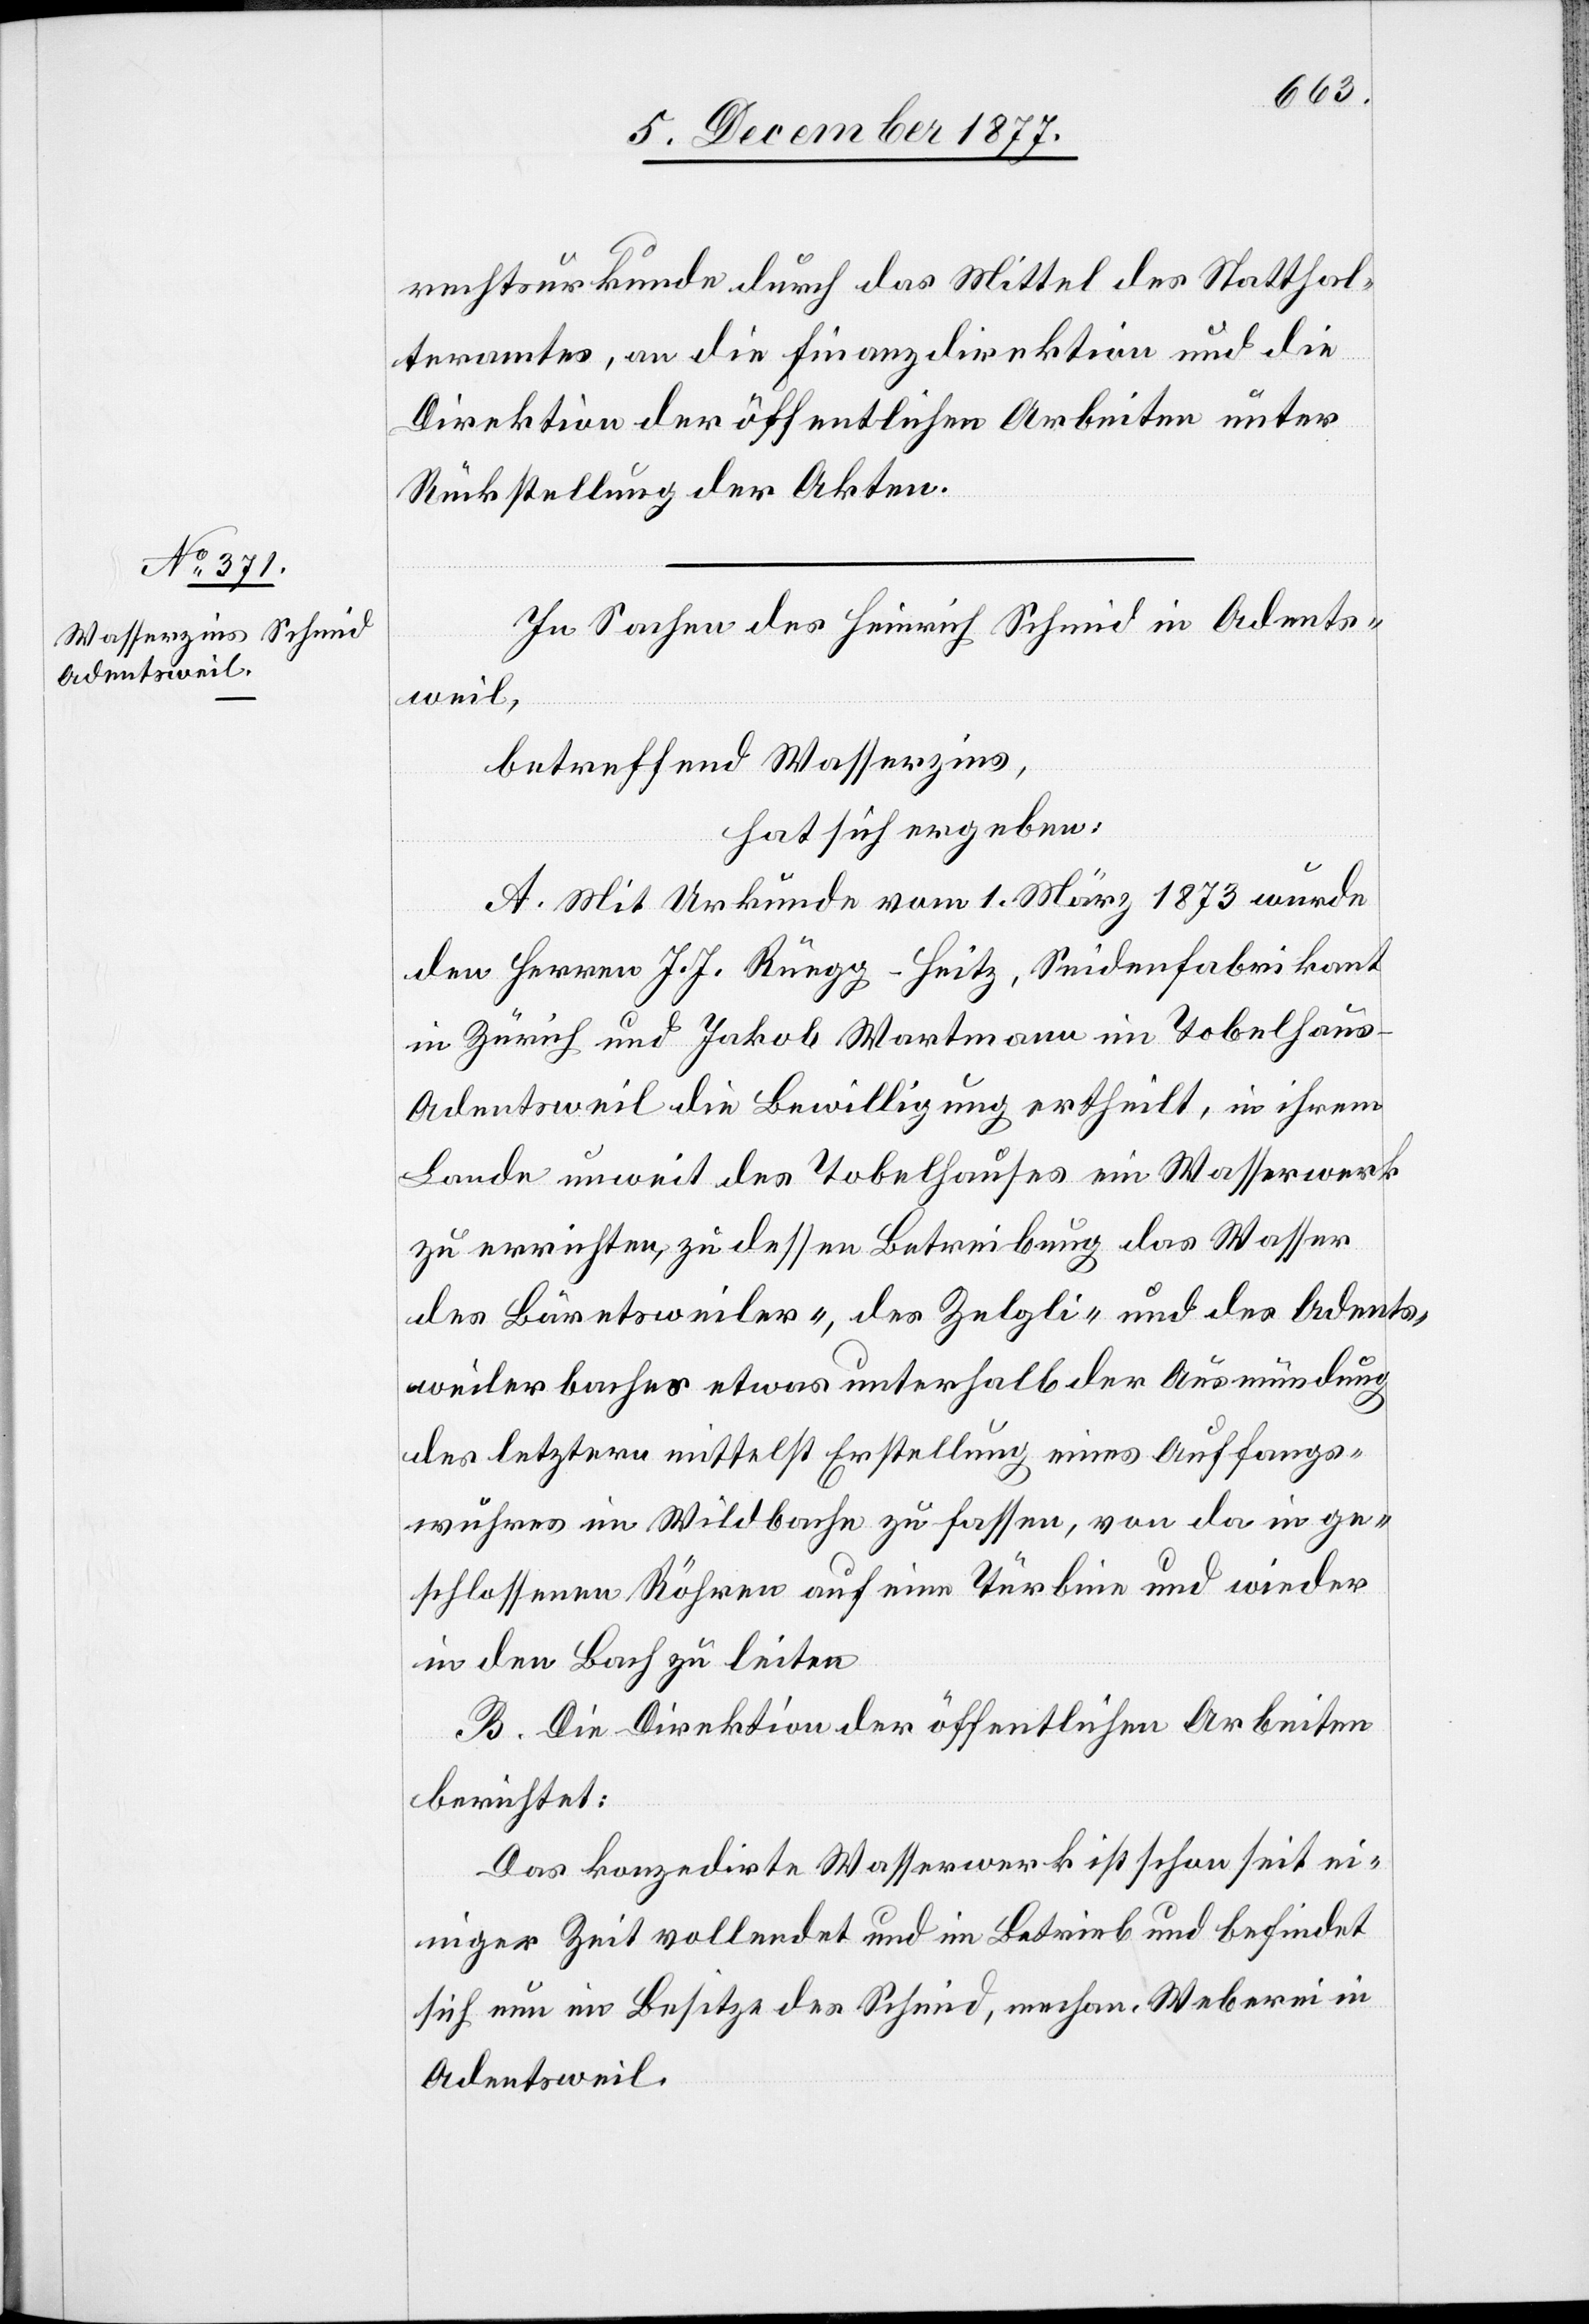
rechtsurkunde durch das Mittel des Statthal¬
teramtes, an die Finanzdirektion und die
Direktion der öffentlichen Arbeiten unter
Rückstellung der Akten.
In Sachen des Heinrich Schmid in Adents¬
weil,
betreffend Wasserzins,
hat sich ergeben:
A. Mit Urkunde vom 1. März 1873 wurde
den Herren J. J. Rüegg-Heitz, Seidenfabrikant
in Zürich und Jakob Wartmann im Tobelhaus
Adentsweil die Bewilligung ertheilt, in ihrem
Lande unweit des Tobelhauses ein Wasserwerk
zu errichten, zu dessen Betreibung das Wasser
des Bäretsweiler-, des Zelgli- und des Adents¬
weilerbaches etwas unterhalb der Ausmündung
des letztern mittelst Erstellung eines Auffangs¬
wuhres im Wildbache zu fassen, von da in ge¬
schlossenen Röhren auf eine Türbine und wieder
in den Bach zu leiten
B. Die Direktion der öffentlichen Arbeiten
berichtet:
Das konzedirte Wasserwerk ist schon seit ei¬
niger Zeit vollendet und im Betrieb und befindet
sich nun im Besitze des Schmid, mechan. Weberei in
Adentsweil.